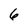
Character: 6